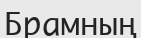
Брамның